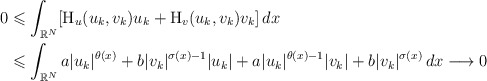
\begin{align*}0 & \leqslant \int_{\mathbb{R}^{N}}[\mathrm{H}_{u}(u_k,v_k)u_k+ \mathrm{H}_{v}(u_k,v_k)v_k]\,dx \\&\leqslant \int_{\mathbb{R}^{N}} a|u_{k}|^{\theta(x)}+ b|v_{k}|^{\sigma(x)-1}|u_k|+a |u_{k}|^{\theta(x)-1}|v_{k}|+b |v_k|^{\sigma(x)}\,dx\longrightarrow 0\end{align*}